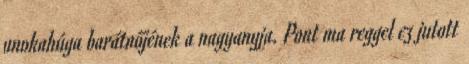
unokahúga barátnőjének a nagyanyja. Pont ma reggel ez jutott